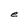
Character: e